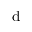
\mathrm d